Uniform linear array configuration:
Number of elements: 16
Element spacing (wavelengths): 0.5
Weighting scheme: hamming
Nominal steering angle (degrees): -30
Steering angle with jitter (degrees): -31.729
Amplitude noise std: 0.05
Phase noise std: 0.05

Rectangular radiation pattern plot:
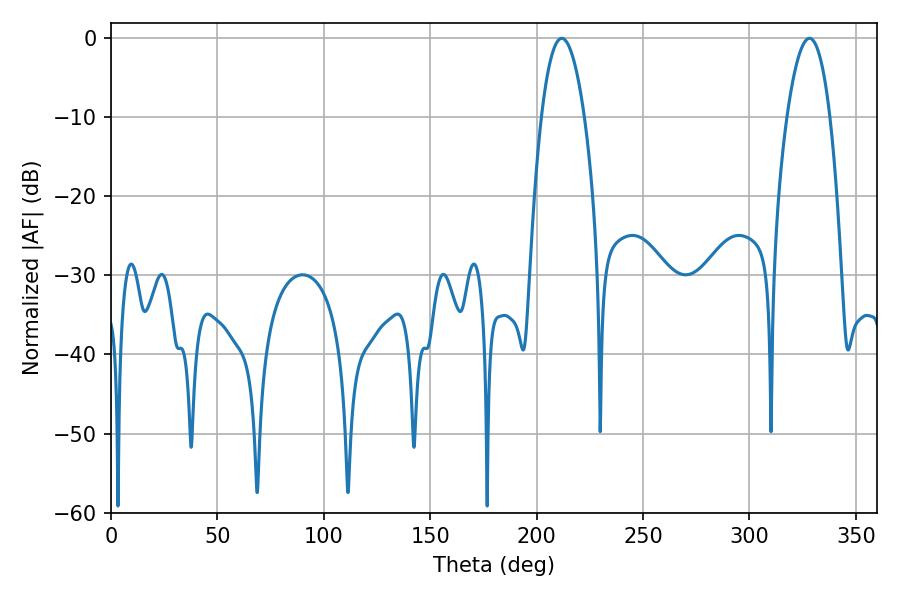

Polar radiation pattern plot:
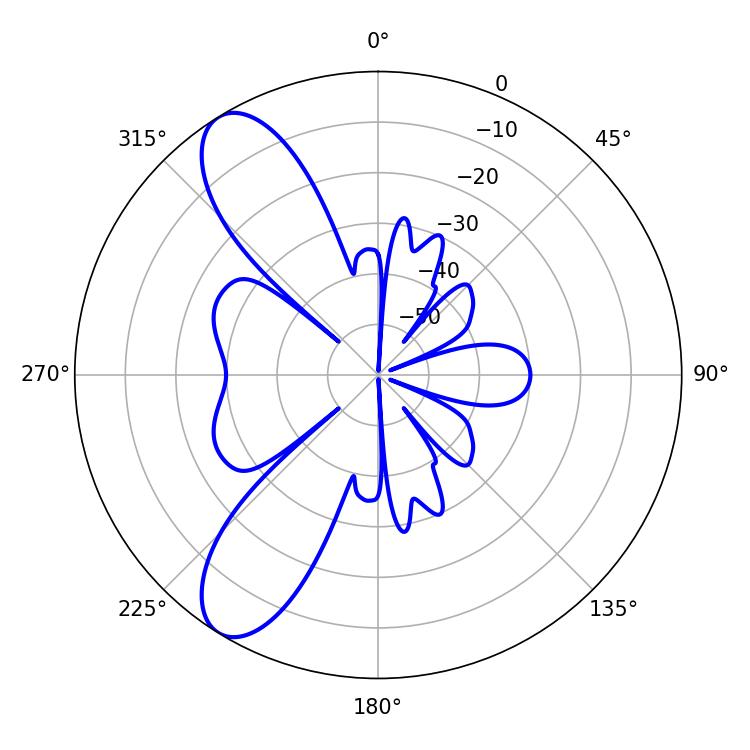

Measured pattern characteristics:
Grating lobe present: FALSE
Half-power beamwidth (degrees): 11.16
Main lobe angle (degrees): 211.86